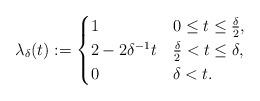
LaTeX: \begin{align*}\lambda_\delta(t) := \begin{cases}1 & 0 \leq t \leq \frac{\delta}{2}, \\2-2\delta^{-1} t & \frac{\delta}{2} < t \leq \delta, \\0 & \delta < t. \end{cases}\end{align*}